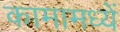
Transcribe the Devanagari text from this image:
कामामध्यें